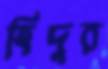
হিদুর